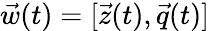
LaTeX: \vec{w}(t)=[\vec{z}(t),\vec{q}(t)]